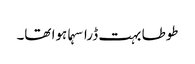
طوطا بہت ڈرا سہما ہوا تھا۔